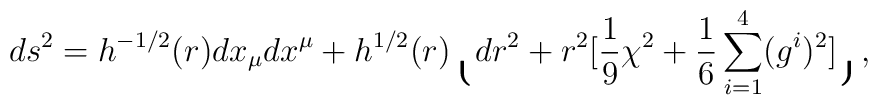
ds^2 = h^{-1/2}(r)dx_{\mu}dx^{\mu}+h^{1/2}(r)\lgroup dr^2+r^{2}[{1 \over 9}\chi^2+{1 \over 6}\sum_{i=1}^4(g^i)^2]\rgroup,